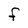
Character: f